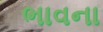
ભાવના